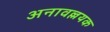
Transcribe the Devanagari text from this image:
अनावल्लयक